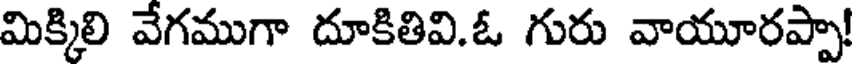
మిక్కిలి వేగముగా దూకితివి.ఓ గురు వాయూరప్పా!